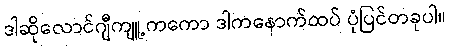
ဒါဆိုလောင်ဂျီကျူ့ကကော ဒါကနောက်ထပ် ပုံပြင်တခုပါ။